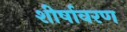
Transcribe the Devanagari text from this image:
शीर्षावरण